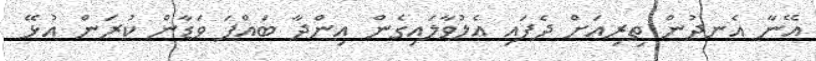
އޭނާ އެނދުން ތިރިއަށް ދެފައި އެލުވާލައިގެން އިންދާ ބައްޕަ ވަޑާން ކުރަން އުޅޭ